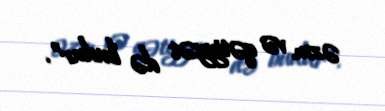
əzm və qətiyyət də budur”.